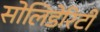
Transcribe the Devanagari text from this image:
सोलिडेरिटी